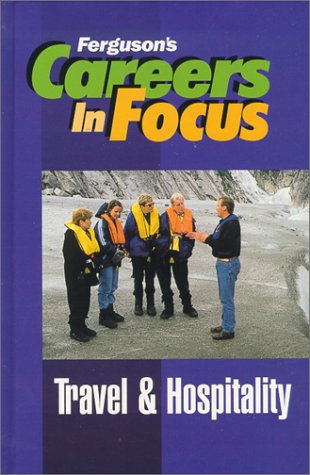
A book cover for Careers in Focus Travel & Hospitality (Ferguson's Careers in Focus); Teen & Young Adult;